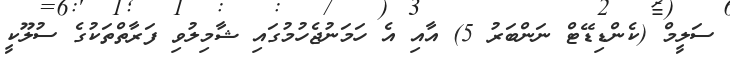
ސަލީމް (ކެންޑިޑޭޓް ނަންބަރު 5) އާއި އެ ހަމަނުޖެހުމުގައި ޝާމިލުވި ފަރާތްތަކުގެ ސުލޫކީ